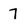
Character: 7